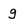
Character: g